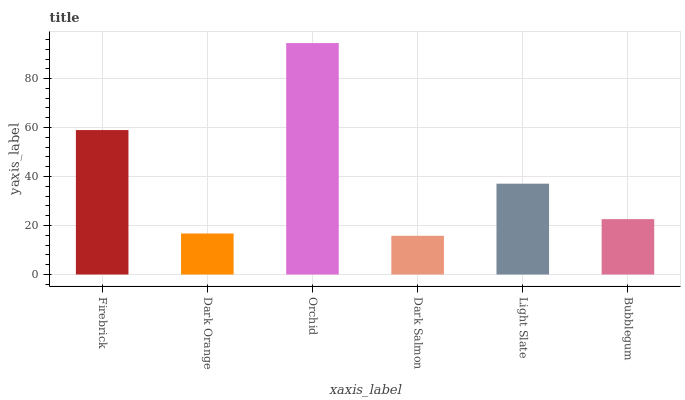
| xaxis_label | bars |
 | --- | --- |
 | Firebrick | 59 |
 | Dark Orange | 16.8 |
 | Orchid | 94.5 |
 | Dark Salmon | 15.8 |
 | Light Slate | 37.1 |
 | Bubblegum | 22.6 |